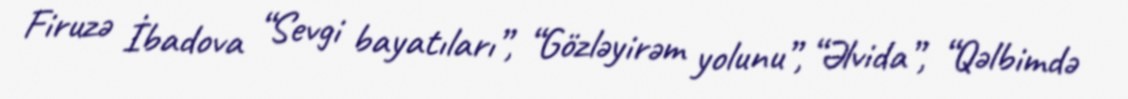
Firuzə İbadova “Sevgi bayatıları”, “Gözləyirəm yolunu”, “Əlvida”, “Qəlbimdə